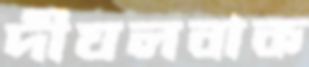
দীঘলবাক